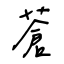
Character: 蒼